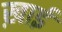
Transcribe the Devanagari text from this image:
ख़ाई